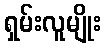
ရှမ်းလူမျိုး